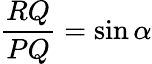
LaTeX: {\frac{RQ}{PQ}}=\sin\alpha